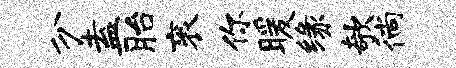
分盍胎衮你暖缘欹徜